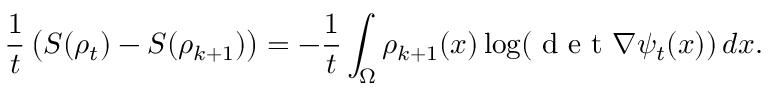
\frac { 1 } { t } \left( S ( \rho _ { t } ) - S ( \rho _ { k + 1 } ) \right) = - \frac { 1 } { t } \int _ { \Omega } \rho _ { k + 1 } ( x ) \log ( \mathrm { ~ d ~ e ~ t ~ } \nabla \psi _ { t } ( x ) ) \, d x .